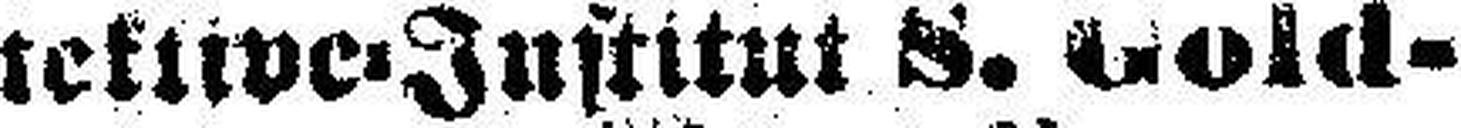
tektive=Institut S. Gold¬